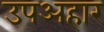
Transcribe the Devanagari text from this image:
उपअहार